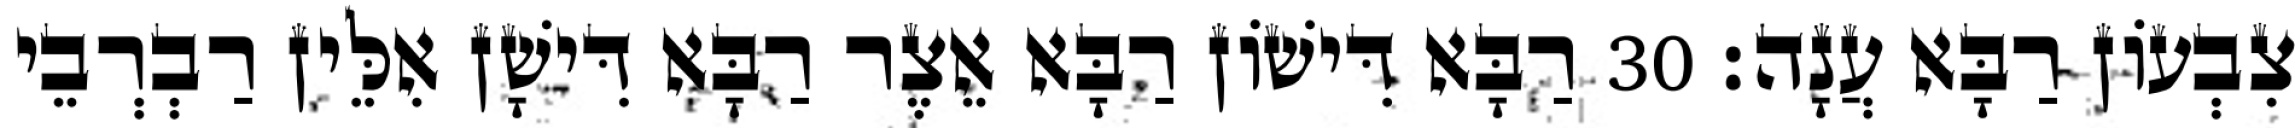
צִבְעוֹן רַבָּא עֲנָה׃ 30 רַבָּא דִּישׁוֹן רַבָּא אֵצֶר רַבָּא דִּישָׁן אִלֵּין רַבְרְבֵי